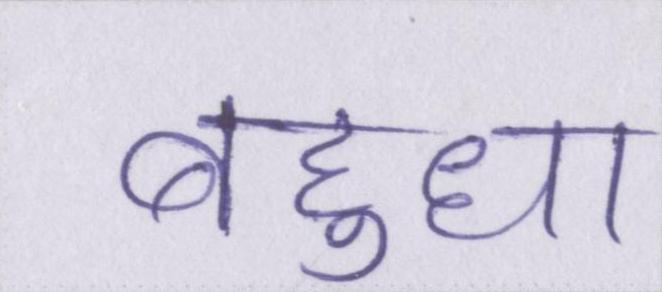
बहुधा